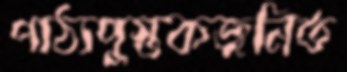
পাঠ্যপুস্তকজনিত